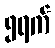
၅ရက်